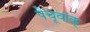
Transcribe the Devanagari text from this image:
पेचूवांक्